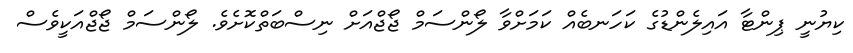
ކިޔުނީ ޕިންޓާ އައިލެންޑުގެ ކަހަނބެއް ކަމަށްވާ ލޯންސަމް ޖޯޖްއަށް ނިސްބަތްކޮށެވެ. ލޯންސަމް ޖޯޖްއަކީވެސް